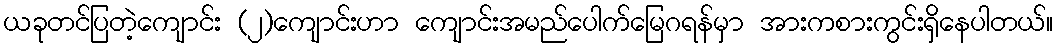
ယခုတင်ပြတဲ့ကျောင်း (၂)ကျောင်းဟာ ကျောင်းအမည်ပေါက်မြေဂရန်မှာ အားကစားကွင်းရှိနေပါတယ်။